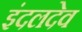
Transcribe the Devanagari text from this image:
इंदलदेव